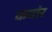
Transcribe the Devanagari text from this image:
कवांर